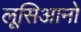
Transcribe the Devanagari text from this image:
लूसिआनो